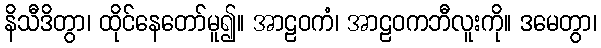
နိသီဒိတွာ၊ ထိုင်နေတော်မူ၍။ အာဠဝကံ၊ အာဠဝကဘီလူးကို။ ဒမေတွာ၊